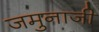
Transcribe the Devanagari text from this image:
जमुनाजी